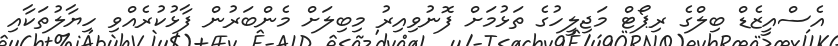
އެސްއީޒެޑް ބިލްގެ ރިޕޯޓް މަޖިލީހުގެ ތަޅުމަށް ފޮނުވިއިރު މިބިލަށް މެންބަރުން ފާޅުކުރެއްވި ހިޔާލުތަކާއި